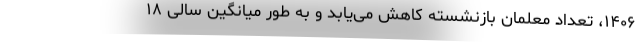
۱۴۰۶، تعداد معلمان بازنشسته کاهش می‌یابد و به طور میانگین سالی ۱۸